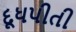
દૂધપીતી